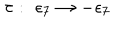
\tau : \, \, \epsilon _ { 7 } \rightarrow - \epsilon _ { 7 }